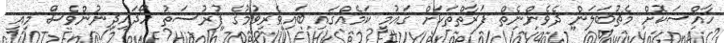
ހާއްސަކޮށް މެޗުބަލަން ދެވެންނެތް ފަރާތްތަކަށް ގައުމީ ކަމެއްގައި ބައިވެރިވުމުގެ ފުރުސަތު ހޯދައިދިނުންވެސް މިއީ